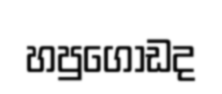
හපුගොඩද